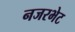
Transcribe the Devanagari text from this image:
नजरभेट